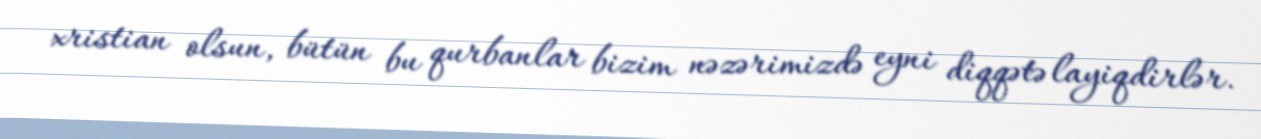
xristian olsun, bütün bu qurbanlar bizim nəzərimizdə eyni diqqətə layiqdirlər.